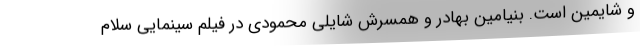
و شایمین است. بنیامین بهادر و همسرش شایلی محمودی در فیلم سینمایی سلام